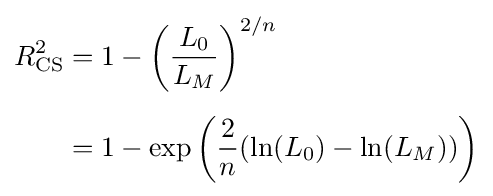
{\begin{aligned}R_{\text{CS}}^{2}&=1-\left({\frac {L_{0}}{L_{M}}}\right)^{2/n}\\[5pt]&=1-\exp \left({\frac {2}{n}}(\ln(L_{0})-\ln(L_{M}))\right)\end{aligned}}